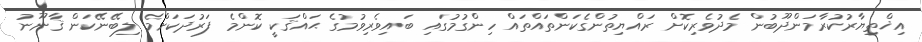
އިޚްތިޔާރުކުރާމަންދޫބުން މެދުވެރިކޮށް ރައްޔިތުންގެކަންތައްތައް ހިންގުމުގައި ބައިވެރިވުމުގެ ޙައްޤަކީ ކޮންމެ ފަރުދަކަށްމެ ލިބޭނޭކަން ޤާނޫނު